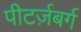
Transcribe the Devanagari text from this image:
पीटर्ज़बर्ग